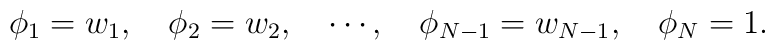
\phi_1=w_1, \quad \phi_2=w_2, \quad \cdots, \quad \phi_{N-1}=w_{N-1}, \quad \phi_N=1 .